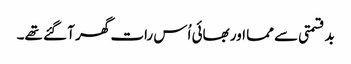
بدقسمتی سے مما اور بھائی اُس رات گھر آ گئے تھے۔